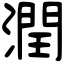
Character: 潤